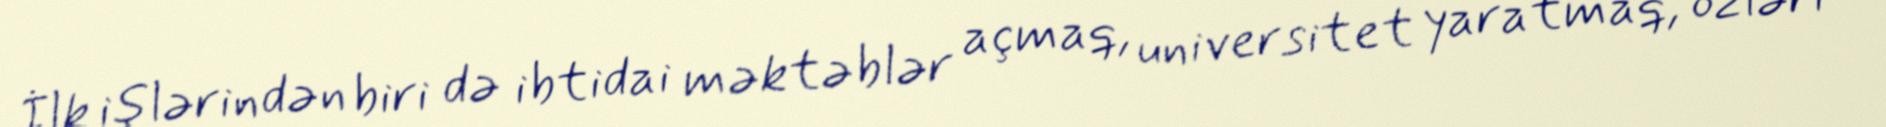
İlk işlərindən biri də ibtidai məktəblər açmaq, universitet yaratmaq, özləri